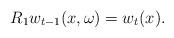
LaTeX: \begin{align*} R_1w_{t-1}(x,\omega)=w_t(x).\end{align*}